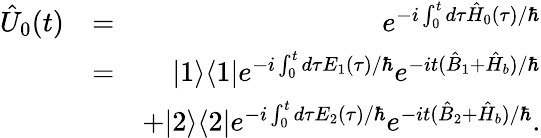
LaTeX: \begin{array}{rlr}{\hat{U}_{0}(t)}&{=}&{e^{-i\int_{0}^{t}d\tau\hat{H}_{0}(\tau)/\hbar}}\\ &{=}&{|1\rangle\langle 1|e^{-i\int_{0}^{t}d\tau E_{1}(\tau)/\hbar}e^{-it(\hat{B}_{1}+\hat{H}_{b})/\hbar}}\\ &{}&{+|2\rangle\langle 2|e^{-i\int_{0}^{t}d\tau E_{2}(\tau)/\hbar}e^{-it(\hat{B}_{2}+\hat{H}_{b})/\hbar}.}\end{array}